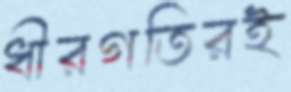
ধীরগতিরই